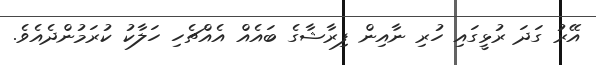
އޭރު ގަދަ ރުޅީގައި ހުރި ނާއިން ފިރާޝާގެ ބައެއް އެއްޗެހި ހަލާކު ކުރަމުންދެއެވެ.